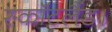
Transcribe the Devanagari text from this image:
स्कॉटलैंड।